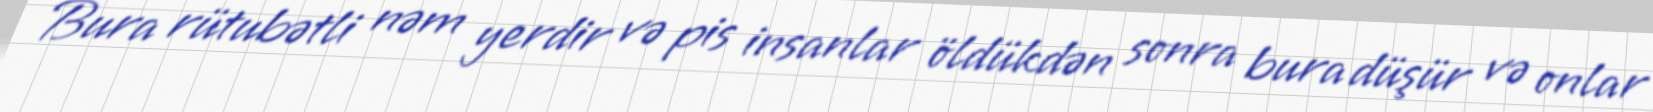
Bura rütubətli nəm yerdir və pis insanlar öldükdən sonra bura düşür və onlar